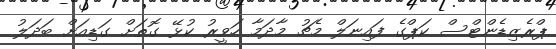
ޕްރެޒިޑެންޓްސް ކަޕްގެ ފައިނަލް މެޗު މާދަމާ ހަވީރު ކުޅޭ ގޮތަށް ގަޑިއަށް ބަދަލު